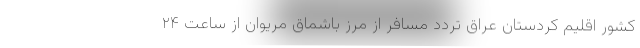
کشور اقلیم کردستان عراق تردد مسافر از مرز باشماق مریوان از ساعت ۲۴